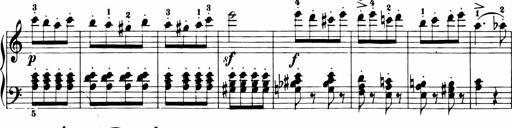
Title: 11 Sonatinas for Piano Solo
Composer: Anton Diabelli